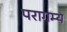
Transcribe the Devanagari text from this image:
परागम्य